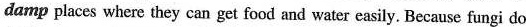
damp places where they can get food and water easily. Because fungi do